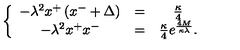
\left\{ \begin{array} { c c c } { - \lambda ^ { 2 } x ^ { + } \left( x ^ { - } + \Delta \right) } & { = } & { { \frac { \kappa } { 4 } } } \\ { - \lambda ^ { 2 } x ^ { + } x ^ { - } } & { = } & { { \frac { \kappa } { 4 } } e ^ { \frac { 4 M } { \kappa \lambda } } . } \\ \end{array} \right.